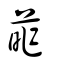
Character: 葃